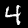
Digit: 4